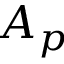
A _ { p }